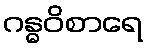
ဂန္ဓဝိစာရေ